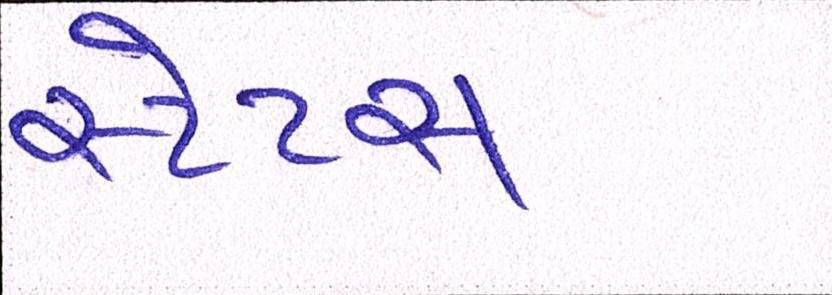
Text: સ્ટેટસ